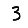
Digit: 3